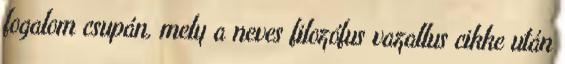
fogalom csupán, mely a neves filozófus vazallus cikke után